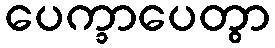
ပေက္ခာပေတွာ